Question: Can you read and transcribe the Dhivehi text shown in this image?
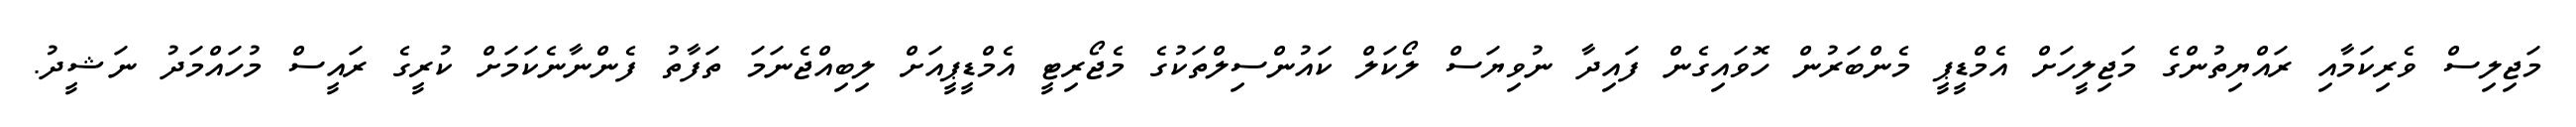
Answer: މަޖިލިސް ވެރިކަމާއި ރައްޔިތުންގެ މަޖިލީހަށް އެމްޑީޕީ މެންބަރުން ހޮވައިގެން ފައިދާ ނުވިޔަސް ލޯކަލް ކައުންސިލްތަކުގެ މެޖޯރިޓީ އެމްޑީޕީއަށް ލިބިއްޖެނަމަ ތަފާތު ފެންނާނެކަމަށް ކުރީގެ ރައީސް މުހައްމަދު ނަޝީދު.